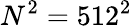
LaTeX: N^{2}=512^{2}